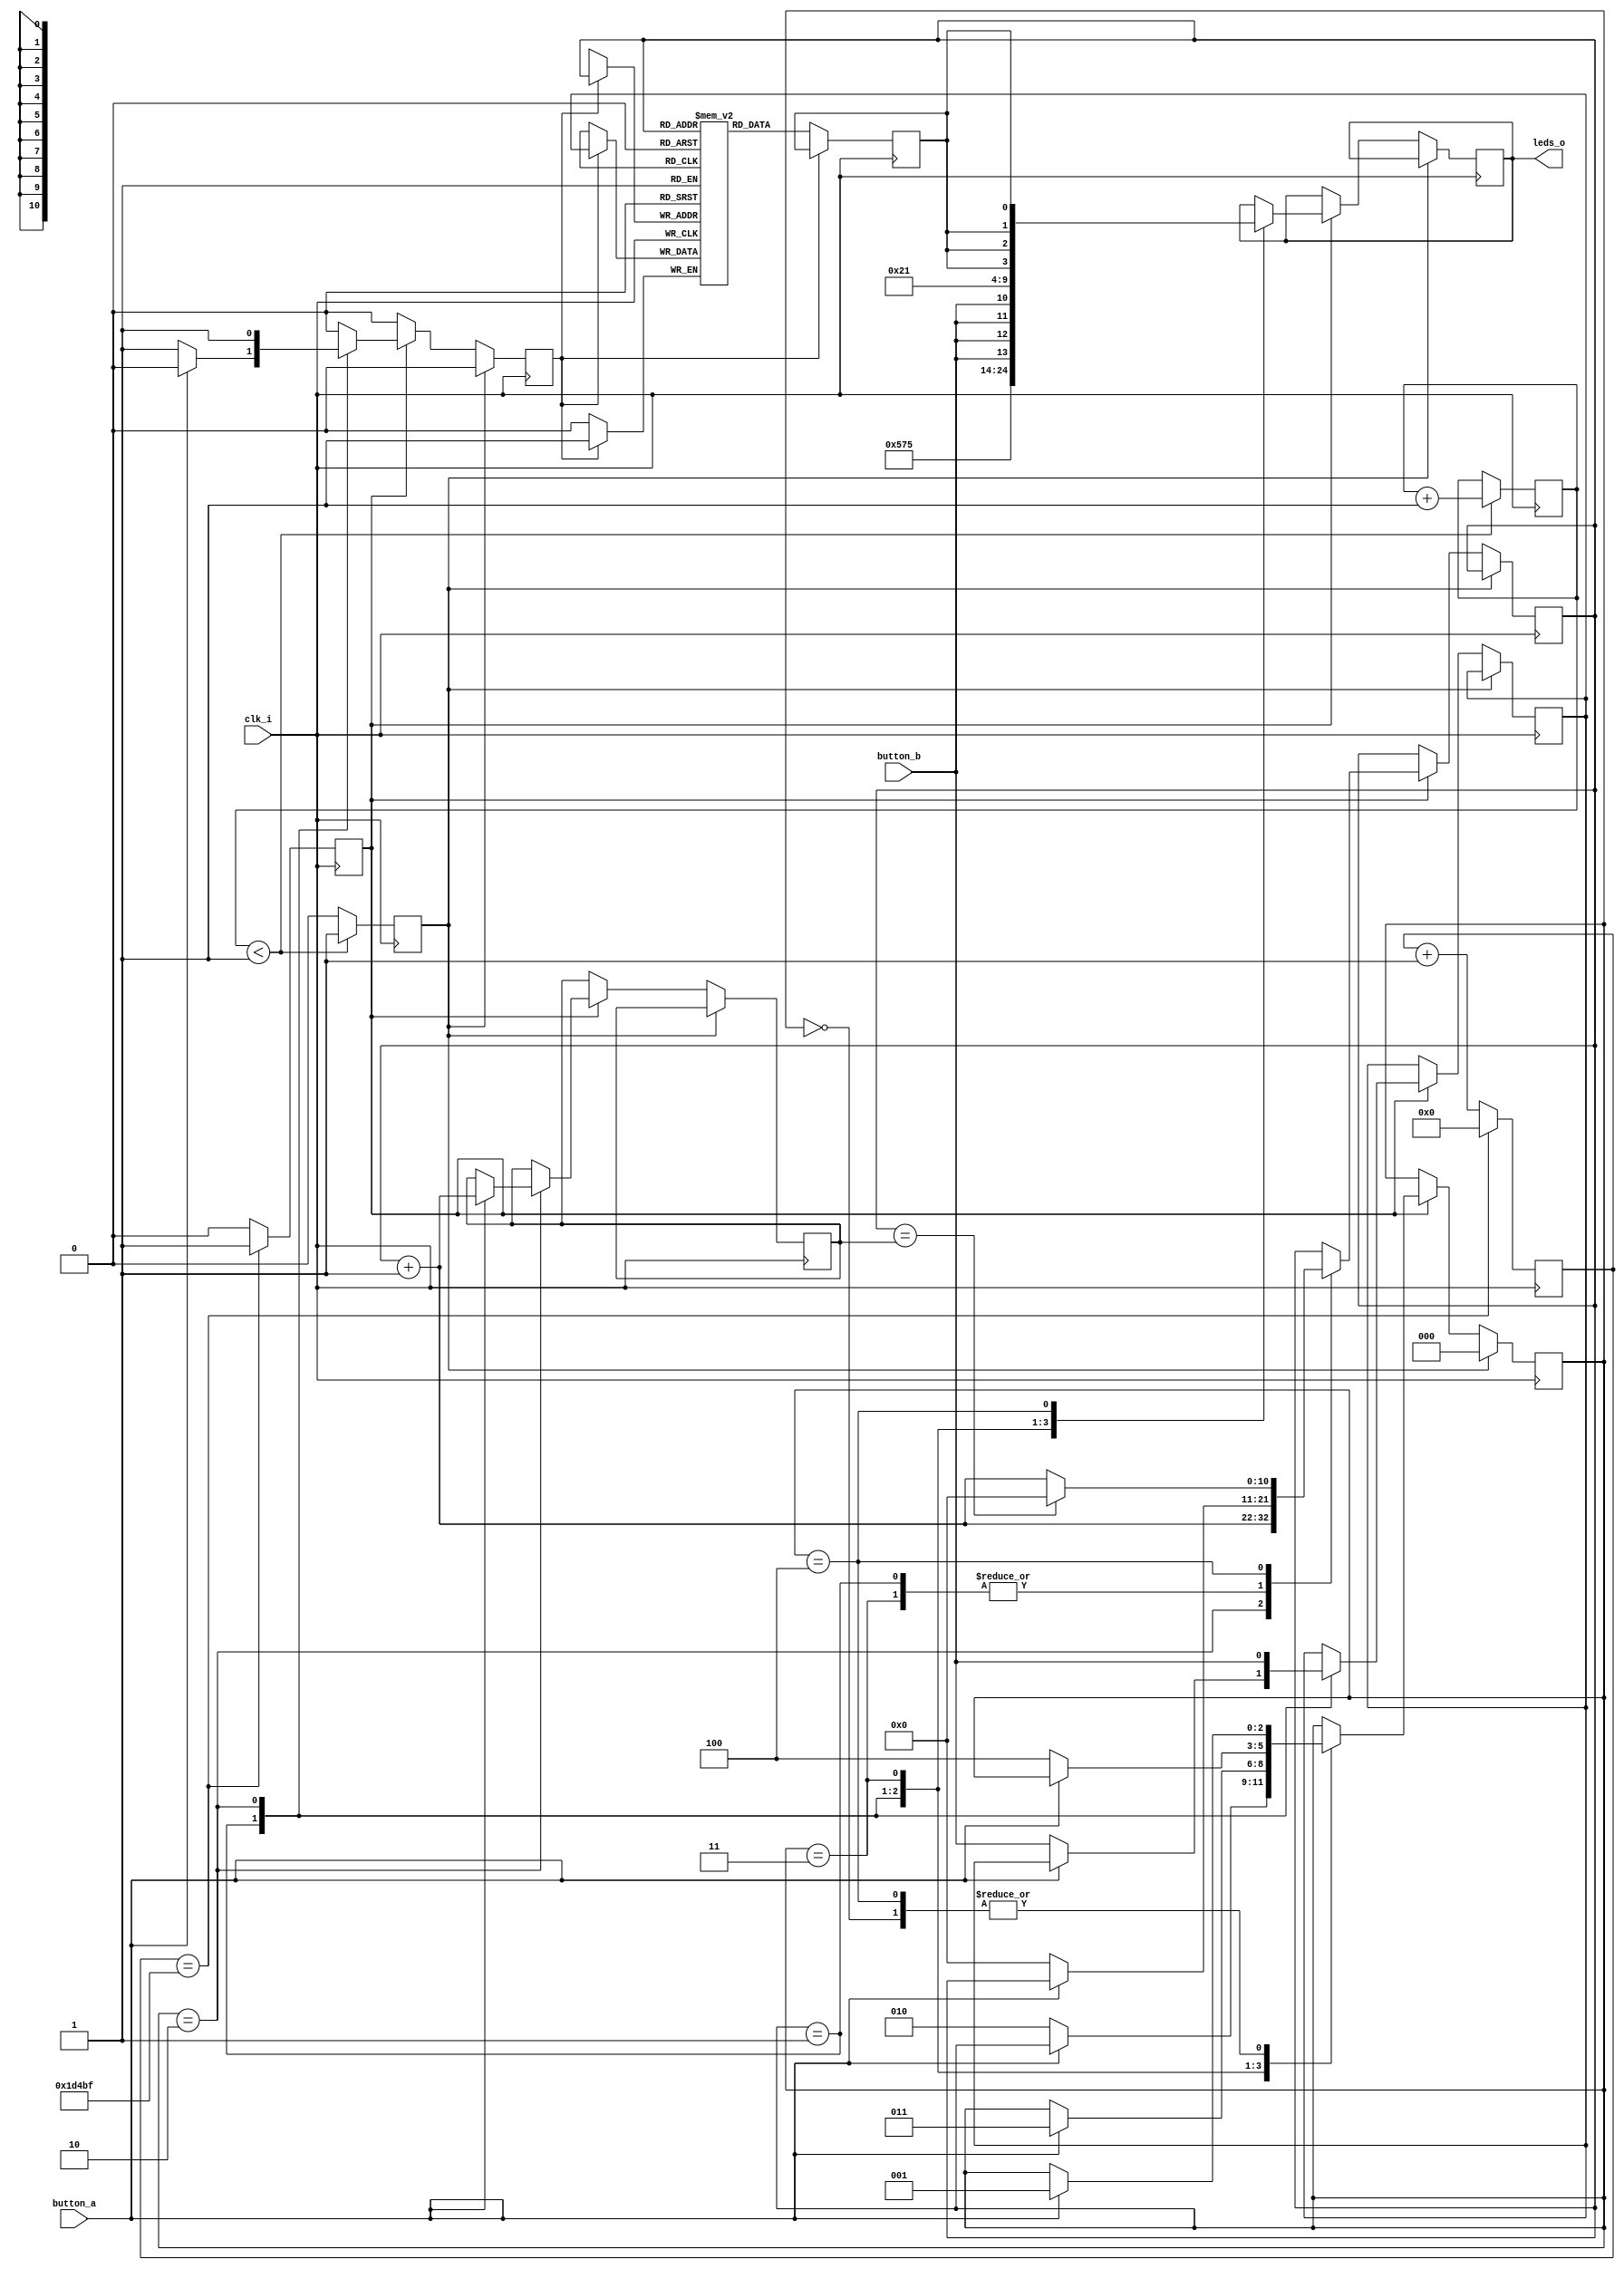
module record_play (
    clk_i,
    button_a,
    button_b,
    leds_o
);
// Sample value on button B input, store in RAM, and playback by turning LEDs on/off.
// Inputs:
//     clk_i:    Clock input.
//     button_a: Button A input. High when pressed. Controls record/play operation.
//     button_b: Button B input. High when pressed. Used to input samples for controlling LEDs.
// Outputs:
//     leds_o:   LED outputs.

input clk_i;
input button_a;
input button_b;
output [4:0] leds_o;
reg [4:0] leds_o;

reg [0:0] data_i;
reg wr;
reg do_sample;
reg [0:0] data_o;
reg reset;
reg [2:0] state;
reg [10:0] end_addr;
reg [10:0] addr;
reg [16:0] chunk_insts_0_cntr;
reg [0:0] chunk_insts_1_cntr;
reg [0:0] k_mem [0:2048-1];



always @(posedge clk_i) begin: RECORD_PLAY_LOC_INSTS_CHUNK_INSTS_0_LOC_INSTS_CHUNK_INSTS_K
    chunk_insts_0_cntr <= (chunk_insts_0_cntr + 1);
    do_sample <= 0;
    if ((chunk_insts_0_cntr == 119999)) begin
        do_sample <= 1;
        chunk_insts_0_cntr <= 0;
    end
end


always @(posedge clk_i) begin: RECORD_PLAY_LOC_INSTS_CHUNK_INSTS_1_LOC_INSTS_CHUNK_INSTS_K
    if ((chunk_insts_1_cntr < 1)) begin
        chunk_insts_1_cntr <= (chunk_insts_1_cntr + 1);
        reset <= 1;
    end
    else begin
        reset <= 0;
    end
end


always @(posedge clk_i) begin: RECORD_PLAY_LOC_INSTS_CHUNK_INSTS_2
    wr <= 0;
    if (reset) begin
        state <= 0;
    end
    else if (do_sample) begin
        case (state)
            'h0: begin
                leds_o <= 21;
                if ((button_a == 1)) begin
                    state <= 1;
                end
            end
            'h1: begin
                leds_o <= 26;
                if ((button_a == 0)) begin
                    addr <= 0;
                    data_i <= button_b;
                    wr <= 1;
                    state <= 2;
                end
            end
            'h2: begin
                addr <= (addr + 1);
                data_i <= button_b;
                wr <= 1;
                leds_o <= {1, button_b, button_b, button_b, button_b};
                if ((button_a == 1)) begin
                    end_addr <= (addr + 1);
                    state <= 3;
                end
            end
            'h3: begin
                leds_o <= 16;
                if ((button_a == 0)) begin
                    addr <= 0;
                    state <= 4;
                end
            end
            'h4: begin
                leds_o <= {1, data_o[0], data_o[0], data_o[0], data_o[0]};
                addr <= (addr + 1);
                if ((addr == end_addr)) begin
                    addr <= 0;
                end
                if ((button_a == 1)) begin
                    state <= 1;
                end
            end
        endcase
    end
end


always @(posedge clk_i) begin: RECORD_PLAY_LOC_INSTS_CHUNK_INSTS_K_LOC_INSTS_CHUNK_INSTS_K
    if (wr) begin
        k_mem[addr] <= data_i;
    end
    else begin
        data_o <= k_mem[addr];
    end
end

endmodule